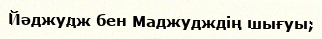
Йәджудж бен Маджудждің шығуы;